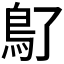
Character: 𩾒